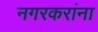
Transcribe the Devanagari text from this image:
नगरकरांना